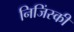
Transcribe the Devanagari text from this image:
निजिंस्की